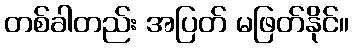
တစ်ခါတည်း အပြတ် မဖြတ်နိုင်။